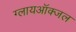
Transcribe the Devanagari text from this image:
ग्लायऑक्जल